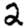
Digit: 2